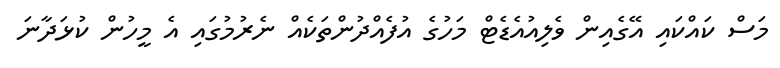
މަސް ކައްކައި އޭގެއިން ވެލިއުއެޑެޓް މަހުގެ އުފެއްދުންތަކެއް ނެރުމުގައި އެ މީހުން ކުޅަދާނަ